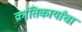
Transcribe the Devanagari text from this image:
क्रांतिकार्यांचा